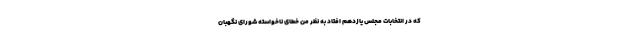
که در انتخابات مجلس یازدهم افتاد به نظر من خطای ناخواسته شورای نگهبان